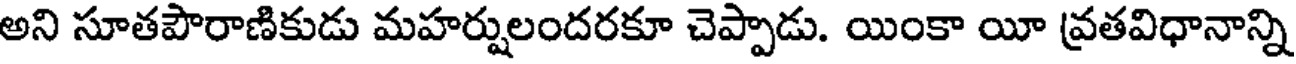
అని సూతపౌరాణికుడు మహర్షులందరకూ చెప్పాడు. యింకా యీ వ్రతవిధానాన్ని